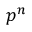
p ^ { n }